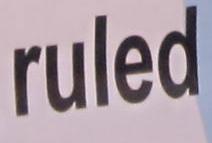
ruled